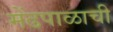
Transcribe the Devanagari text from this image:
मेंढपाळाची